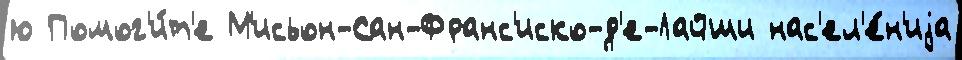
ю Помог'и́т'е М'исьон-Сан-Франс'иско-д'е-Лайши нас'ел'е́н'иjа